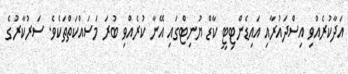
އަދާކުރެއްވި އިސްދައުރާއި އައިޑެންޓިޓީ ކާޑް ޔުނިޓްގައި އޭނާ ކުރެއްވި ބުރަ މަސައްކަތްތަކެވެ. ސަރުކާރުގެ